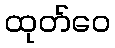
ထုတ်ဝေ